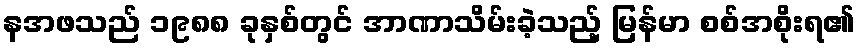
နအဖသည် ၁၉၈၈ ခုနှစ်တွင် အာဏာသိမ်းခဲ့သည့် မြန်မာ စစ်အစိုးရ၏